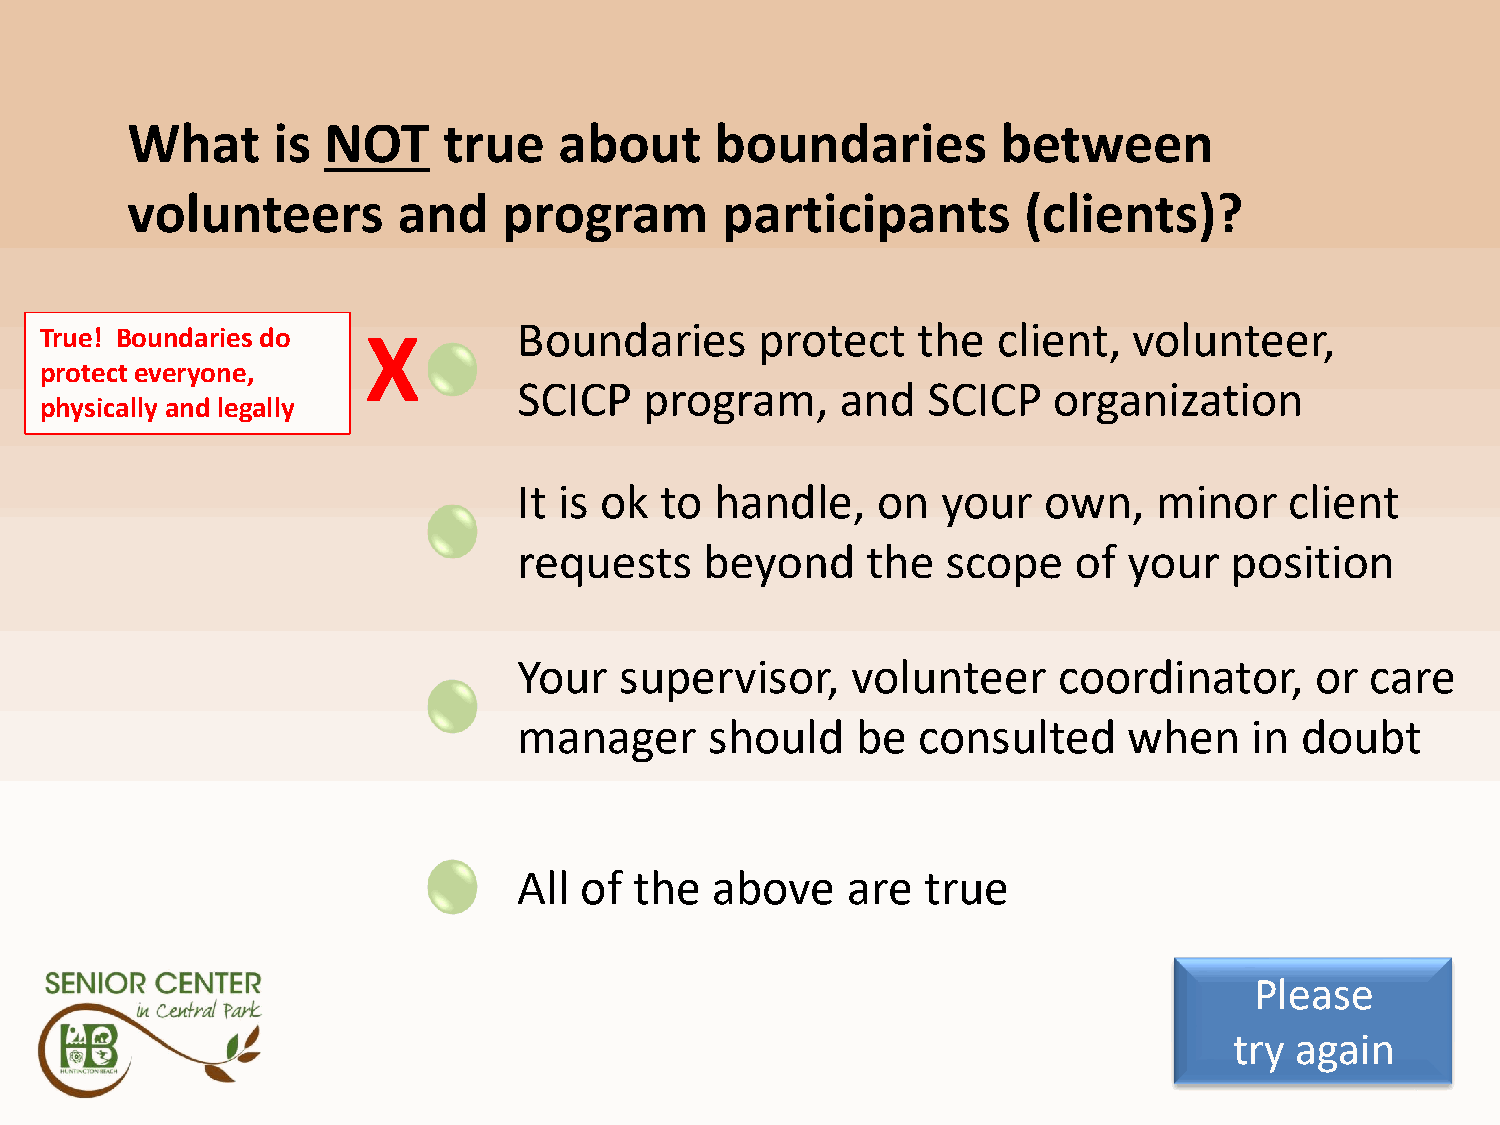
Q5A1
 What      is NOT     true    about     boundaries         between
 volunteers        and    program        participants        (clients)?
 Boundaries      protect    the  client,  volunteer,
 True! Boundaries do  X
 protect everyone,
 SCICP    program,     and  SCICP    organization
 physically and legally
 It is ok  to handle,    on  your   own,    minor   client
 requests     beyond    the   scope   of  your  position
 Your   supervisor,    volunteer     coordinator,     or  care
 manager      should    be  consulted     when    in doubt
 All of  the  above    are  true
 Please
 try again